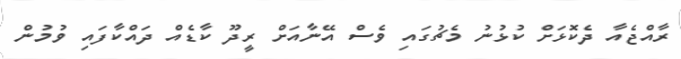
ރާއްޖެއާ ދެކޮޅަށް ކުޅުނު މެޗުގައި ވެސް އޭނާއަށް ރީދޫ ކާޑެއް ދައްކާފައި ވުމުން